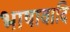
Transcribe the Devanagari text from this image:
भाषावादि